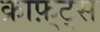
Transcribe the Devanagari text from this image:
क्राफ़्ट्स